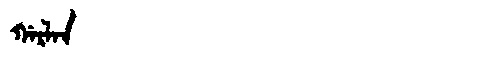
Manchu: ᡤᠠᡵᠯᠠᠨ
Romanization: GARLAN